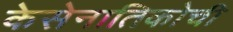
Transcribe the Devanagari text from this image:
केसेनातिकोची